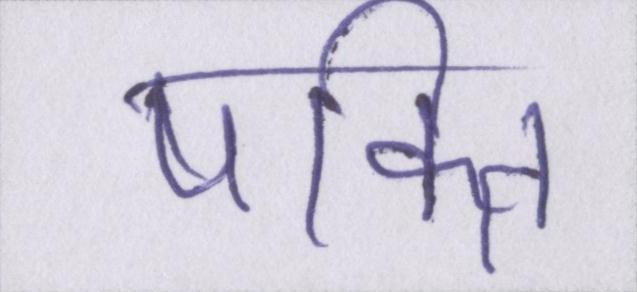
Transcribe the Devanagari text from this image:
षक्ति